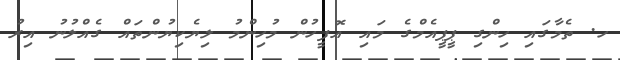
ހ. ތެމާގައި ހިންގި ޕީޕީއެމްގެ މައި އޮފީހުން މުހިންމު ލިޔެކިޔުންތައް ގެއްލުނު އިރު